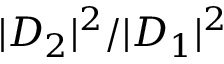
| D _ { 2 } | ^ { 2 } / | D _ { 1 } | ^ { 2 }